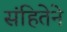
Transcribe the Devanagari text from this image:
संहितेने